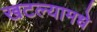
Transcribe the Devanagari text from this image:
खटल्यामधे